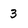
Character: 3